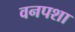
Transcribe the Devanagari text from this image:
वनपशा